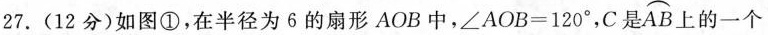
27.(12分)如图①，在半径为6的扇形AOB中，$$\angle A O B = 1 2 0^{°}$$，C是\frown{AB}上的一个